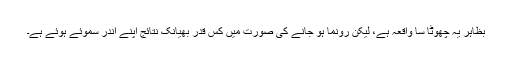
بظاہر یہ چھوٹا سا واقعہ ہے، لیکن رونما ہو جانے کی صورت میں کس قدر بھیانک نتائج اپنے اندر سموئے ہوئے ہے۔